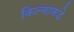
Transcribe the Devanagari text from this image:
किल्याकडे